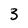
Character: 3